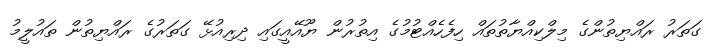
ގަތަރު ރައްޔިތުންގެ މިލްކިއްޔާތުތައް ހިފެހެއްޓުމުގެ އިތުރުން ޔޫއޭއީގައި ދިރިއުޅޭ ގަތަރުގެ ރައްޔިތުން ތައުލީމު